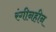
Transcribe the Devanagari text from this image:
रंगीनहीन